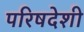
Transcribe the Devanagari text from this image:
परिषदेशी